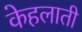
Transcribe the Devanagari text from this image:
केहलाती